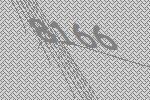
8166